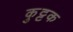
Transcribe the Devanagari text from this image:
कुुट्टक